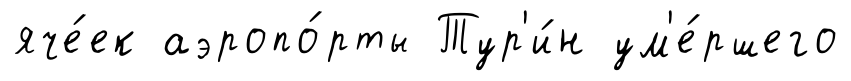
яче́ек аэропо́рты Тур'и́н ум'е́ршего